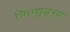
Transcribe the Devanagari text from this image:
चित्तशुद्धस्य